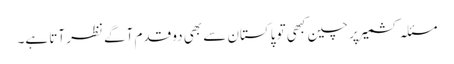
مسئلہ کشمیر پر چین کبھی تو پاکستان سے بھی دو قدم آگے نظر آتا ہے۔